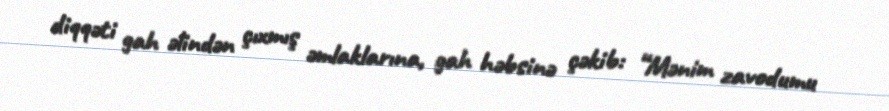
diqqəti gah əlindən çıxmış əmlaklarına, gah həbsinə çəkib: “Mənim zavodumu